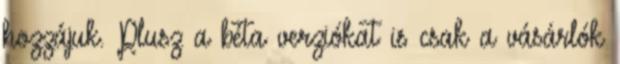
hozzájuk. Plusz a béta verziókat is csak a vásárlók